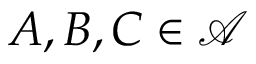
A , B , C \in { \mathcal { A } }